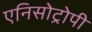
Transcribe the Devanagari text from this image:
एनिसोट्रोपी